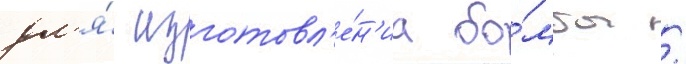
дл'я́ изготовл'е́н'иа бо́мбы /